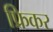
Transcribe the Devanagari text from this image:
फ्रिकर